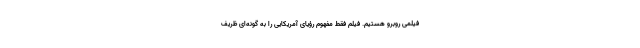
فیلمی روبرو هستیم. فیلم فقط مفهوم رؤیای آمریکایی را به گونه‌ای ظریف